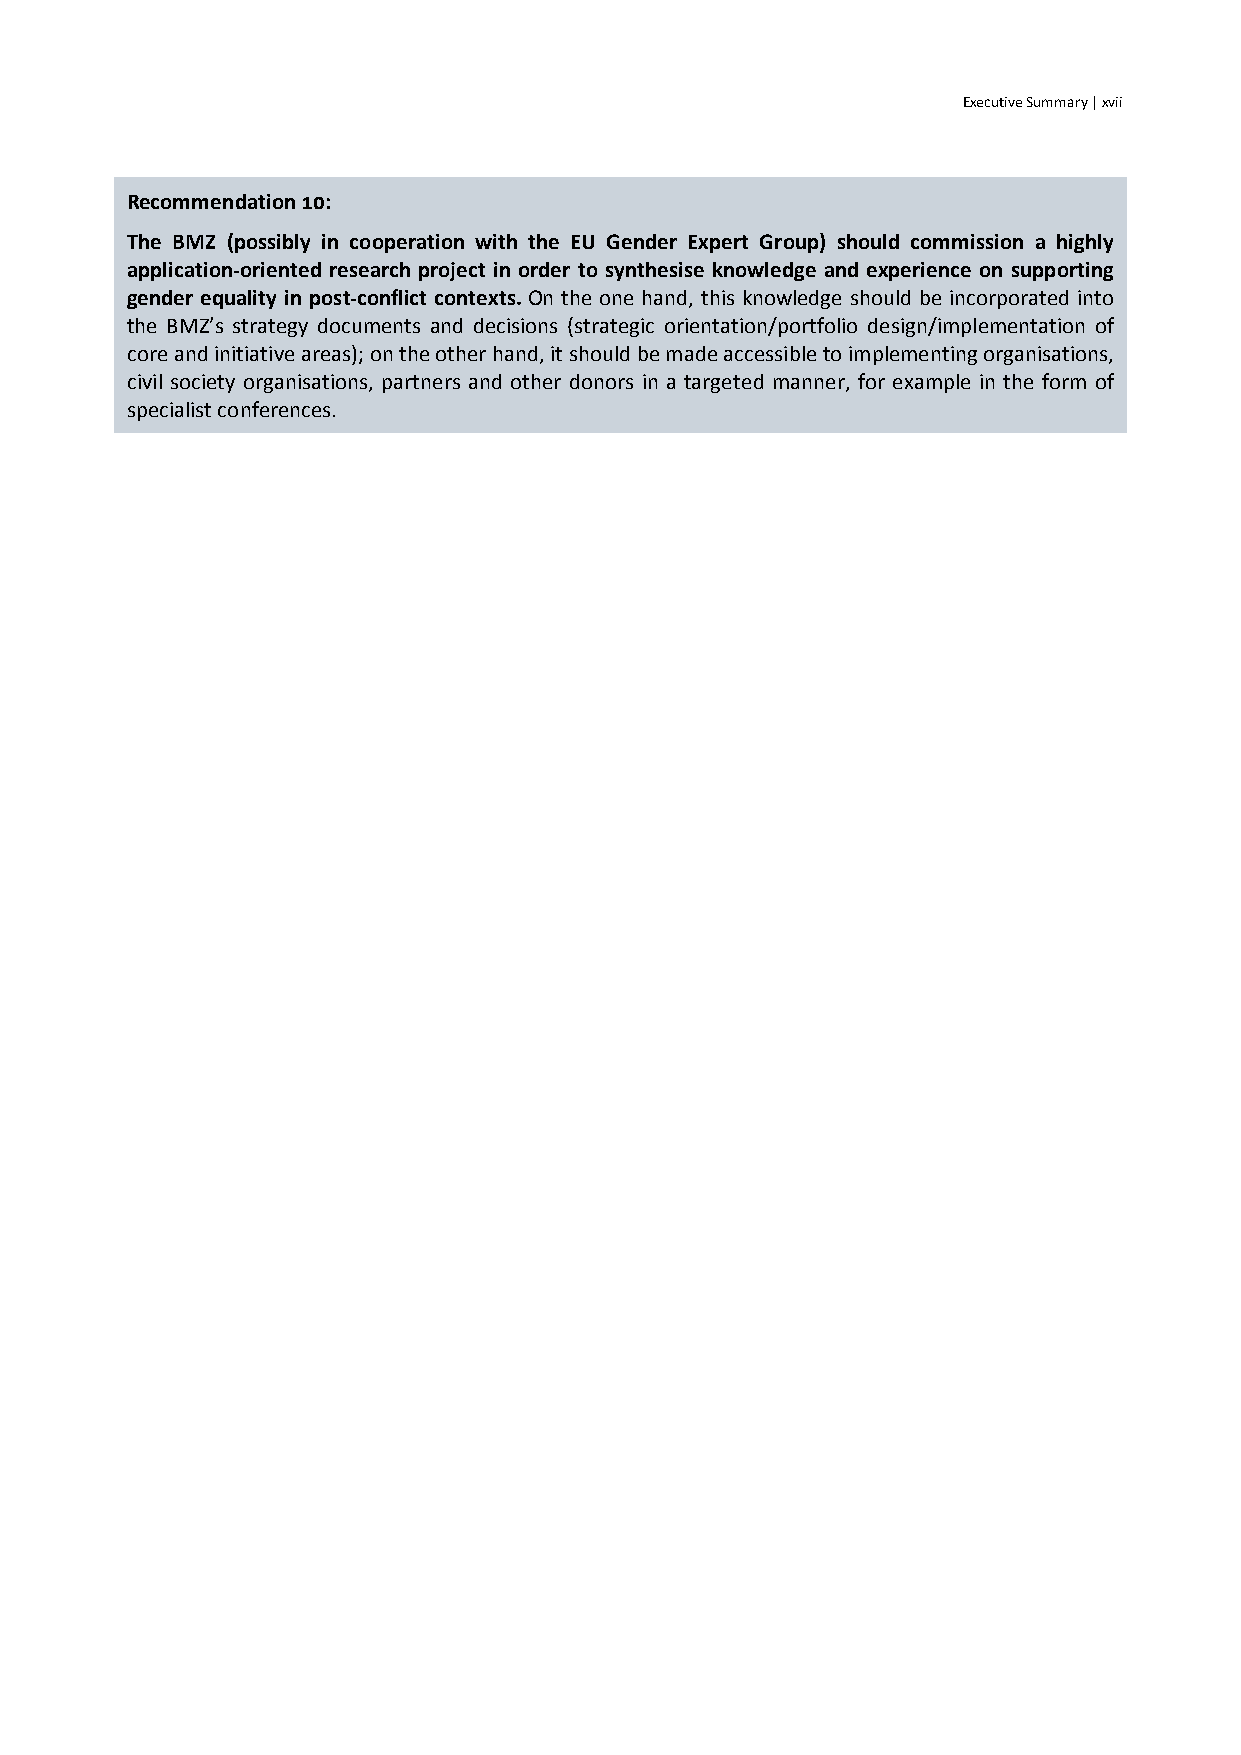
Executive Summary | xvii
 Recommendation 10:
 The BMZ (possibly in cooperation with the EU Gender Expert Group) should commission a highly
 application-oriented research project in order to synthesise knowledge and experience on supporting
 gender equality in post-conflict contexts. On the one hand, this knowledge should be incorporated into
 the BMZ’s strategy documents and decisions (strategic orientation/portfolio design/implementation of
 core and initiative areas); on the other hand, it should be made accessible to implementing organisations,
 civil society organisations, partners and other donors in a targeted manner, for example in the form of
 specialist conferences.